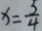
x = \frac { 3 } { 4 }